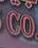
co